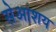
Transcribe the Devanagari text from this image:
सेआशय